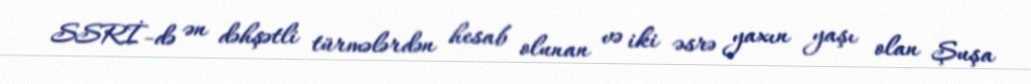
SSRİ-də ən dəhşətli türmələrdən hesab olunan və iki əsrə yaxın yaşı olan Şuşa